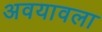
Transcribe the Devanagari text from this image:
अवयावला